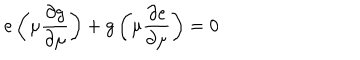
e \left( \mu { \frac { \partial g } { \partial \mu } } \right) + g \left( \mu { \frac { \partial e } { \partial \mu } } \right) = 0